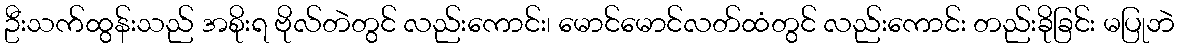
ဦးသက်ထွန်းသည် အစိုးရ ဗိုလ်တဲတွင် လည်းကောင်း၊ မောင်မောင်လတ်ထံတွင် လည်းကောင်း တည်းခိုခြင်း မပြုဘဲ